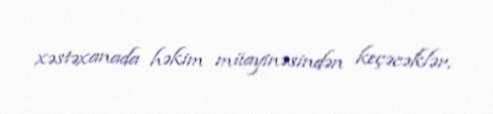
xəstəxanada həkim müayinəsindən keçəcəklər.